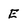
Character: E